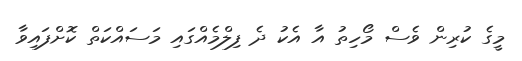
މީގެ ކުރިން ވެސް މޯހިތު އާ އެކު ދެ ފިލްމެއްގައި މަސައްކަތް ކޮށްފައިވާ